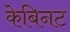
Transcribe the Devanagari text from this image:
केबिनट